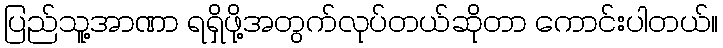
ပြည်သူ့အာဏာ ရရှိဖို့အတွက်လုပ်တယ်ဆိုတာ ကောင်းပါတယ်။